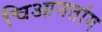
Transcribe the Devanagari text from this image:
चिआनतांग